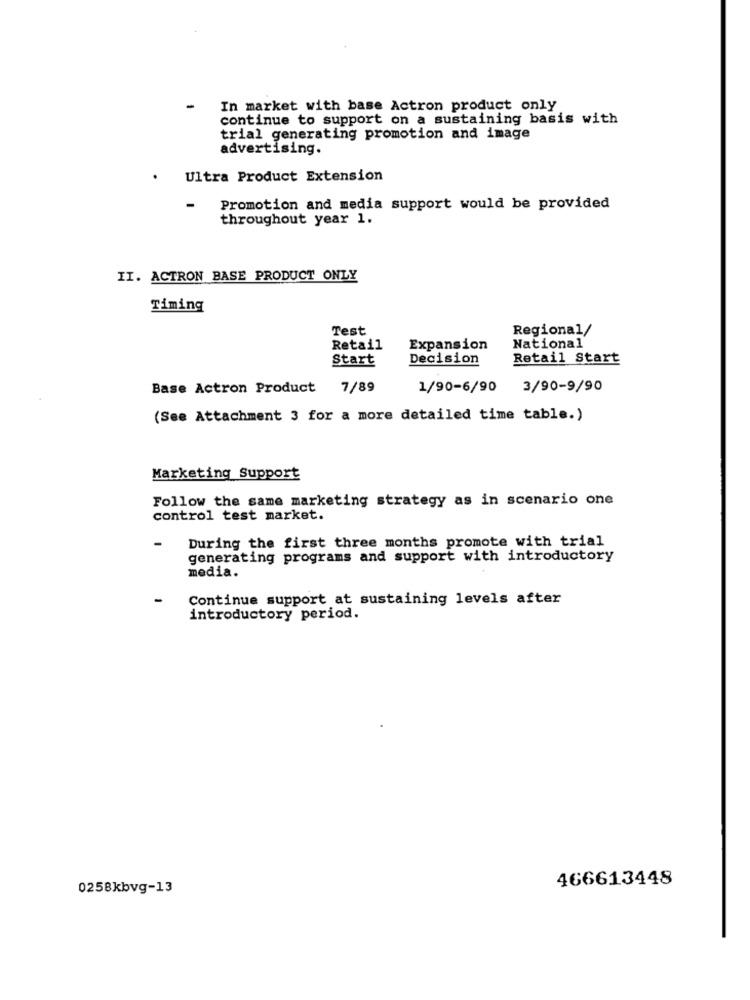
-
In market with base Actron product only
continue to support on a sustaining basis with
trial generating promotion and image
advertising.
Ultra Product Extension
-
Promotion and media support would be provided
throughout year 1.
II. ACTRON BASE PRODUCT ONLY
Timing
Test
Regional/
Retail
Expansion
National
Start
Decision
Retail Start
Base Actron Product
7/89
1/90-6/90
3/90-9/90
(See Attachment 3 for a more detailed time table.)
Marketing Support
Follow the same marketing strategy as in scenario one
control test market.
During the first three months promote with trial
generating programs and support with introductory
media.
Continue support at sustaining levels after
introductory period.
466613448
0258kbvg-13